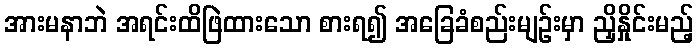
အားမနာဘဲ အရင်းထိဖြဲထားသော စားရ၍ အခြေခံစည်းမျဉ်းမှာ ညှိနှိုင်းမည့်